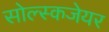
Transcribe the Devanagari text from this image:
सोल्स्कजेयर